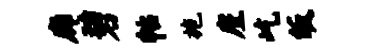
廊碧帖施廑屹皈